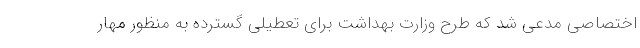
اختصاصی مدعی شد که طرح وزارت بهداشت برای تعطیلی گسترده به منظور مهار